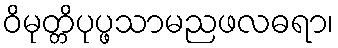
ဝိမုတ္တိပုပ္ဖသာမညဖလဓရာ၊